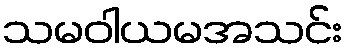
သမဝါယမအသင်း